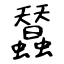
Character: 蠺